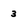
Character: 3